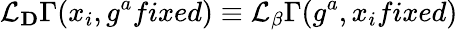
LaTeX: {\cal L}_{\mathbf D}\Gamma(x_{i},g^{a}fixed)\equiv{\cal L}_{\mathbf\beta}\Gamma(g^{a},x_{i}fixed)